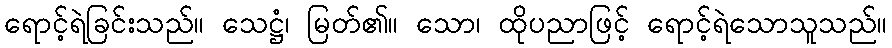
ရောင့်ရဲခြင်းသည်။ သေဋ္ဌံ၊ မြတ်၏။ သော၊ ထိုပညာဖြင့် ရောင့်ရဲသောသူသည်။